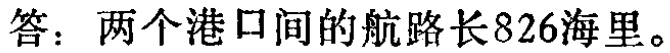
答：两个港口间的航路长826海里。